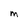
Character: M